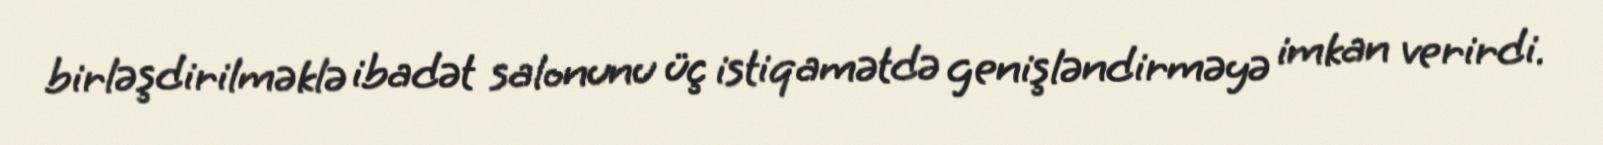
birləşdirilməklə ibadət salonunu üç istiqamətdə genişləndirməyə imkan verirdi.